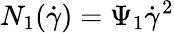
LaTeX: N_{1}(\dot{\gamma})=\Psi_{1}\dot{\gamma}^{2}